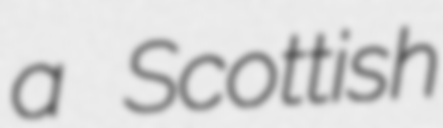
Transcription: a Scottish